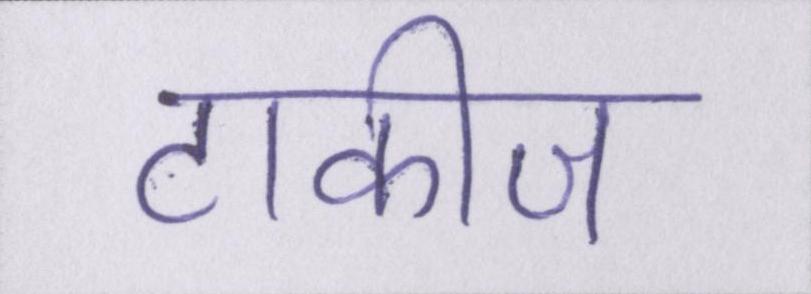
टाकीज